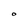
Character: O